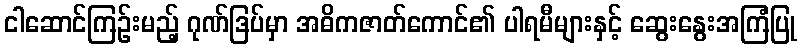
ငါဆောင်ကြဉ်းမည့် ဂုဏ်ဒြပ်မှာ အဓိကဇာတ်ကောင်၏ ပါရမီများနှင့် ဆွေးနွေးအကြံပြု